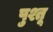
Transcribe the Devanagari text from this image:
पुश्तू